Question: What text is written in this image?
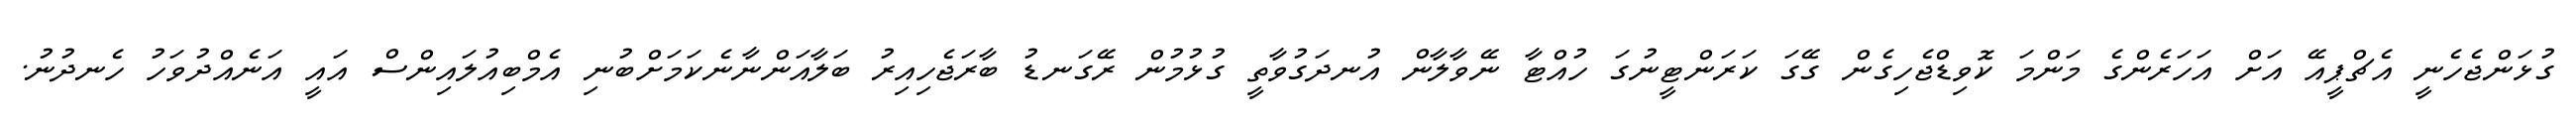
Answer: ގުޅަންޖެހެނީ އެޗްޕީއޭ އަށް އަހަރެންގެ މަންމަ ކޮވިޑްޖެހިގެން ގޭގަ ކަރަންޓީނުގަ ހުއްޓާ ނޭވާލާން އުނދަގުވާތީ ގުޅުމުން ރޭގަނޑު ބާރަޖެހިއިރު ބަލާއަންނާނެކަމަށްބުނި އެމްބިއުލައިންސް އައީ އަނެއްދުވަހު ހެނދުނު.